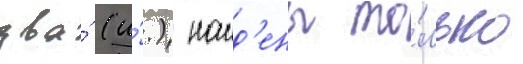
два́ (и́.) наид'ены то́лько